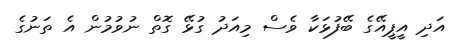
އަދި އީޕީއޭގެ ބޭފުޅަކާ ވެސް މިއަދު ގުޅޭ ގޮތް ނުވުމުން އެ ތަނުގެ